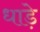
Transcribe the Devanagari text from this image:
धाड़े